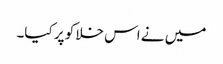
میں نے اس خلا کو پر کیا۔